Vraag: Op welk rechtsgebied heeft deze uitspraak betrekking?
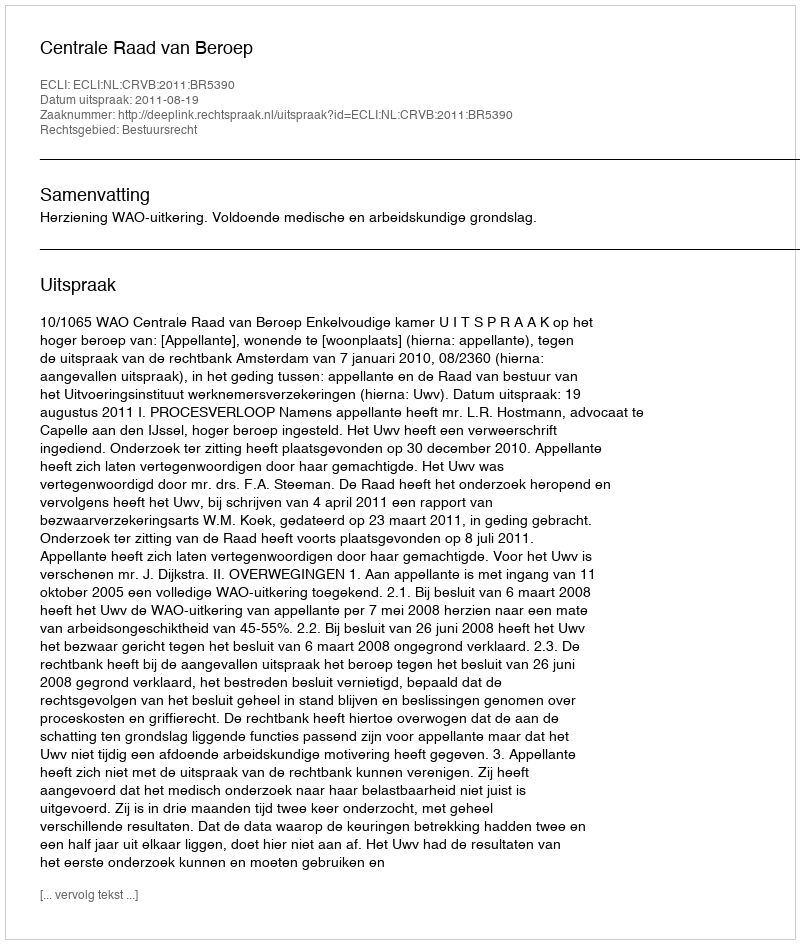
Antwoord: Bestuursrecht